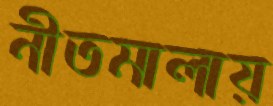
নীতমালায়